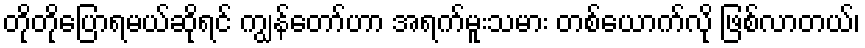
တိုတိုပြောရမယ်ဆိုရင် ကျွန်တော်ဟာ အရက်မူးသမား တစ်ယောက်လို ဖြစ်လာတယ်၊